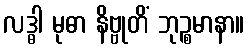
လဒ္ဓါ မုဓာ နိဗ္ဗုတိံ ဘုဉ္စမာနာ။